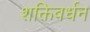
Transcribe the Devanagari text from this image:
शक्तिवर्धन